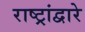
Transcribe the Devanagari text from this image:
राष्ट्रांद्वारे